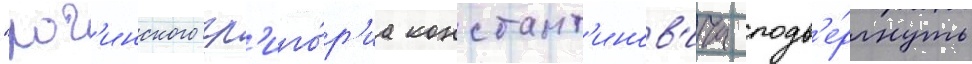
"рог'инского гр'иго́р'иа констант'инов'ича подв'е́ргнуть